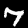
Label: 7